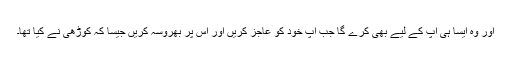
اور وہ ایسا ہی آپ کے لیے بھی کرے گا جب آپ خود کو عاجز کریں اور اُس پر بھروسہ کریں جیسا کہ کوڑھی نے کیا تھا۔